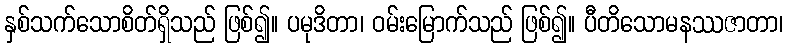
နှစ်သက်သောစိတ်ရှိသည် ဖြစ်၍။ ပမုဒိတာ၊ ဝမ်းမြောက်သည် ဖြစ်၍။ ပီတိသောမနဿဇာတာ၊